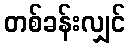
တစ်ခန်းလျှင်